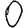
Digit: 0